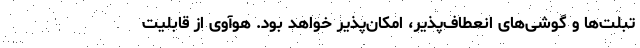
تبلت‌ها و گوشی‌های انعطاف‌پذیر، امکان‌پذیر خواهد بود. هوآوی از قابلیت